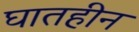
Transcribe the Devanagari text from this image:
घातहीन